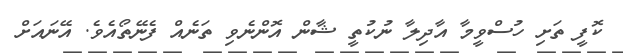
ކޮފީ ތަށި ހުސްވީމާ އާދިލާ ނުކުތީ ޝާން އޮންނެވި ތަނެއް ފެނޭތޯއެވެ. އޭނައަށް